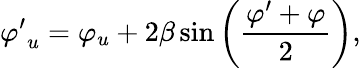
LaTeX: {\varphi^{\prime}}_{u}=\varphi_{u}+2\beta\sin\left({\frac{\varphi^{\prime}+\varphi}{2}}\right),